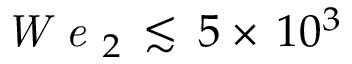
\textit { W e } _ { 2 } \, \lesssim \, 5 \times \, 1 0 ^ { 3 }